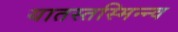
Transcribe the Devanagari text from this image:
यातस्तस्मिन्न्व